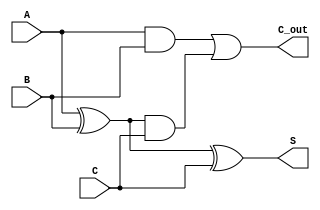
module ModifiedCarrySaveAdder #(parameter N = 8) (
    input  wire [N-1:0] A,  // First input vector
    input  wire [N-1:0] B,  // Second input vector
    input  wire [N-1:0] C,  // Third input vector
    output wire [N-1:0] S,  // Sum output
    output wire [N-1:0] C_out // Carry output
);

    // Intermediate signals for carry and sum
    wire [N-1:0] sum_ab; // Sum of A and B
    wire [N-1:0] carry_ab; // Carry from A and B
    wire [N-1:0] sum_abc; // Final sum including C
    wire [N-1:0] carry_abc; // Final carry including C

    // Calculate partial sums and carries for A and B
    assign sum_ab = A ^ B; // S[i] = A[i]  B[i]
    assign carry_ab = (A & B); // C[i] = A[i]  B[i]

    // Calculate the sum and carry with C
    assign sum_abc = sum_ab ^ C; // S[i] = (A[i]  B[i])  C[i]
    assign carry_abc = carry_ab | (sum_ab & C); // C[i] = (A[i]  B[i])  ((A[i]  B[i])  C[i])

    // Final outputs
    assign S = sum_abc; // Final sum output
    assign C_out = carry_abc; // Final carry output

endmodule